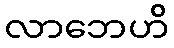
လာဘေဟိ